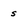
Character: s